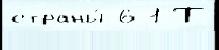
страны́ 6 1 Т